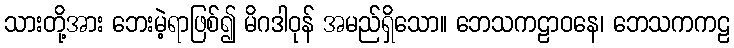
သားတို့အား ဘေးမဲ့ရာဖြစ်၍ မိဂဒါဝုန် အမည်ရှိသော။ ဘေသကဠာဝနေ၊ ဘေသကကဠ